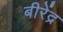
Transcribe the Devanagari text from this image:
बीरेंद्र